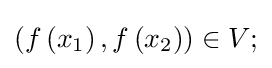
\left(f\left(x_{1}\right),f\left(x_{2}\right)\right)\in V;